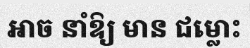
អាច នាំឱ្យ មាន ជម្លោះ